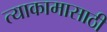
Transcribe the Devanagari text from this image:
त्याकामासाठी